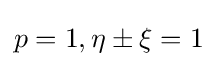
p=1,\eta \pm \xi =1